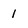
Character: 1